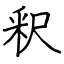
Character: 釈